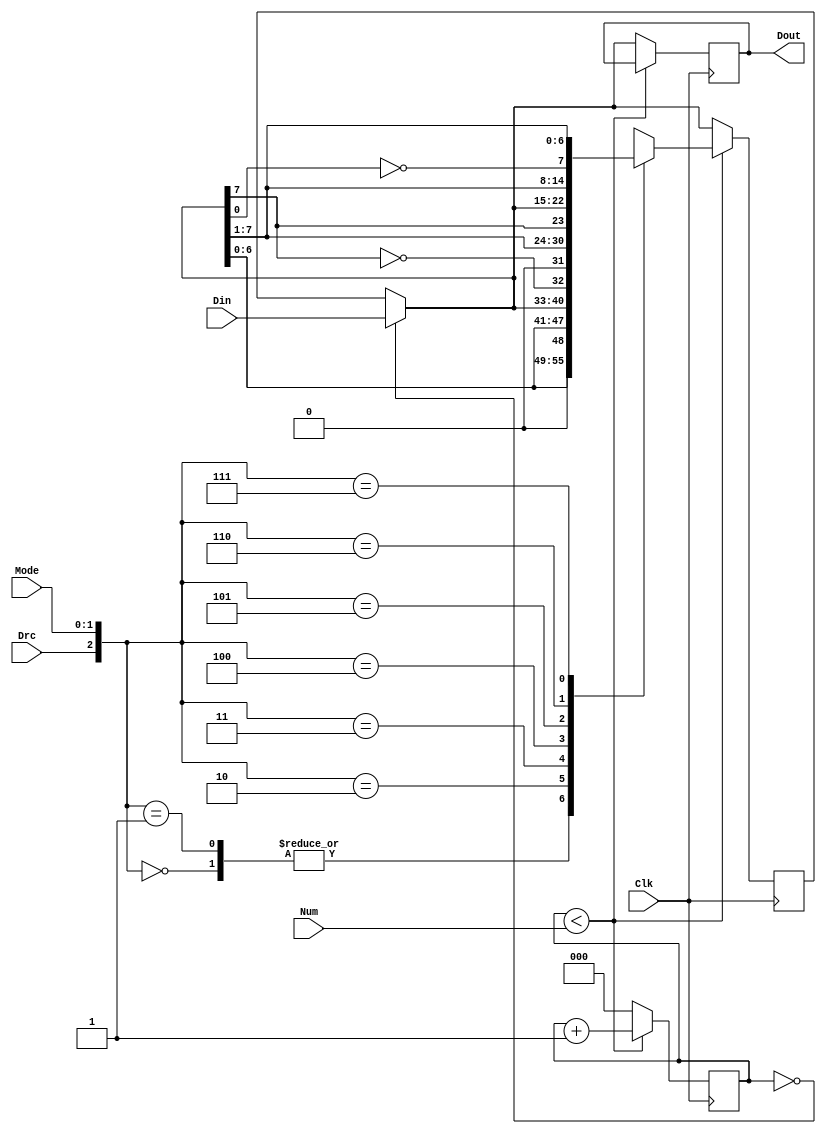
module shifting_register(Clk,Din,Mode,Drc,Num,Dout);
input Clk;//
input [7:0]Din;//82
input [2:0]Num;//
input Drc;//01
input [1:0]Mode;//00011011
output reg [7:0]Dout;//82
reg [2:0]count;//
reg [7:0]state,NX_state;//
always @ (posedge Clk)
begin
	if(count==0)state=Din;
	begin
	if(count < Num)
		begin
		count <= count + 1;
		case ({Drc,Mode})
		3'b000: state<={state[6:0],1'b0};			//
		3'b001: state<={state[6:0],1'b0};			//
		3'b010: state<={state[6:0],state[7]};		//
		3'b011: state<={state[6:0],(!state[7])};	//
		3'b100: state<={1'b0,state[7:1]};			//
		3'b101: state<={state[7],state[7:1]};		//
		3'b110: state<={state[0],state[7:1]};		//
		3'b111: state<={(!state[0]),state[7:1]};	//
		default:state<=8'b10101010;
		endcase
		end
	else
		begin
		NX_state=state;
		count <= 0;
		end
	end
end

always @ (NX_state)
begin
	Dout=NX_state;
end
	
endmodule